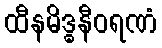
ထီနမိဒ္ဓနီဝရဏံ